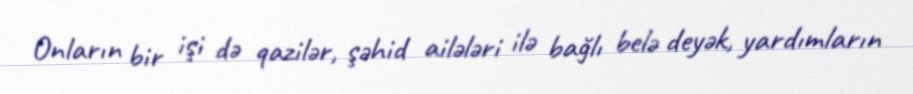
Onların bir işi də qazilər, şəhid ailələri ilə bağlı belə deyək, yardımların